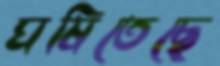
ঘষিতেছে